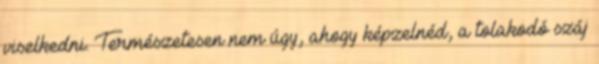
viselkedni. Természetesen nem úgy, ahogy képzelnéd, a tolakodó száj